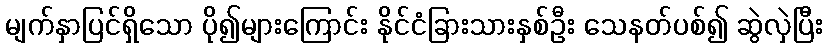
မျက်နှာပြင်ရှိသော ပို၍များကြောင်း နိုင်ငံခြားသားနှစ်ဦး သေနတ်ပစ်၍ ဆွဲလှဲပြီး